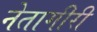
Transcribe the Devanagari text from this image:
नेतागीरी